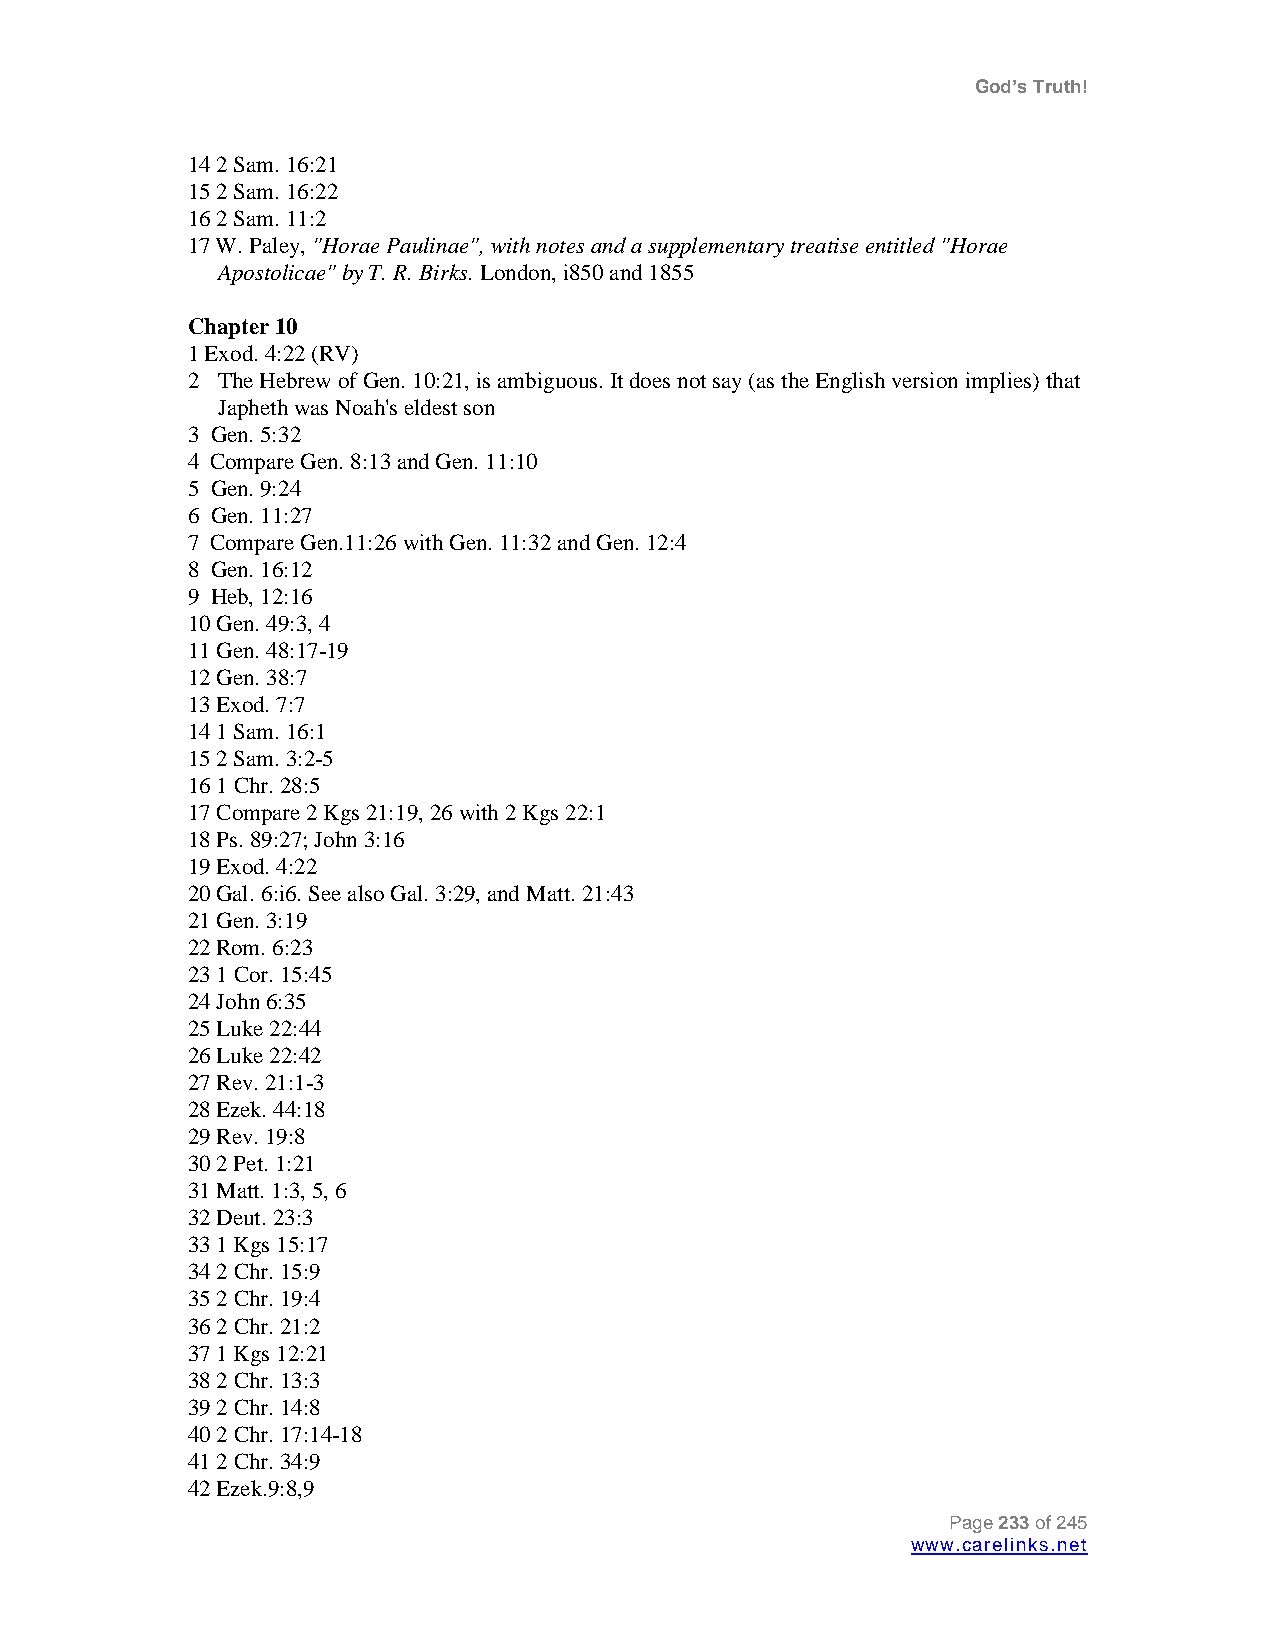
God’s Truth!
 14 2 Sam. 16:21
 15 2 Sam. 16:22
 16 2 Sam. 11:2
 17 W. Paley, "Horae Paulinae", with notes and a supplementary treatise entitled "Horae
 Apostolicae" by T. R. Birks. London, i850 and 1855
 Chapter 10
 1 Exod. 4:22 (RV)
 2 The Hebrew of Gen. 10:21, is ambiguous. It does not say (as the English version implies) that
 Japheth was Noah's eldest son
 3 Gen. 5:32
 4 Compare Gen. 8:13 and Gen. 11:10
 5 Gen. 9:24
 6 Gen. 11:27
 7 Compare Gen.11:26 with Gen. 11:32 and Gen. 12:4
 8 Gen. 16:12
 9 Heb, 12:16
 10 Gen. 49:3, 4
 11 Gen. 48:17-19
 12 Gen. 38:7
 13 Exod. 7:7
 14 1 Sam. 16:1
 15 2 Sam. 3:2-5
 16 1 Chr. 28:5
 17 Compare 2 Kgs 21:19, 26 with 2 Kgs 22:1
 18 Ps. 89:27; John 3:16
 19 Exod. 4:22
 20 Gal. 6:i6. See also Gal. 3:29, and Matt. 21:43
 21 Gen. 3:19
 22 Rom. 6:23
 23 1 Cor. 15:45
 24 John 6:35
 25 Luke 22:44
 26 Luke 22:42
 27 Rev. 21:1-3
 28 Ezek. 44:18
 29 Rev. 19:8
 30 2 Pet. 1:21
 31 Matt. 1:3, 5, 6
 32 Deut. 23:3
 33 1 Kgs 15:17
 34 2 Chr. 15:9
 35 2 Chr. 19:4
 36 2 Chr. 21:2
 37 1 Kgs 12:21
 38 2 Chr. 13:3
 39 2 Chr. 14:8
 40 2 Chr. 17:14-18
 41 2 Chr. 34:9
 42 Ezek.9:8,9
 Page 233 of 245
 www.carelinks.net